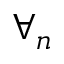
\forall _ { n }